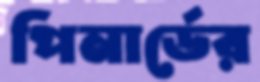
পিনার্ডের